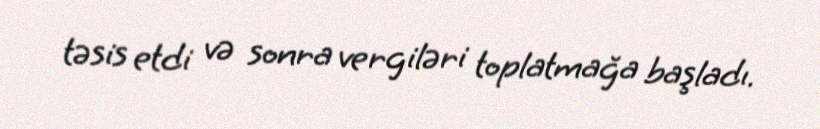
təsis etdi və sonra vergiləri toplatmağa başladı.